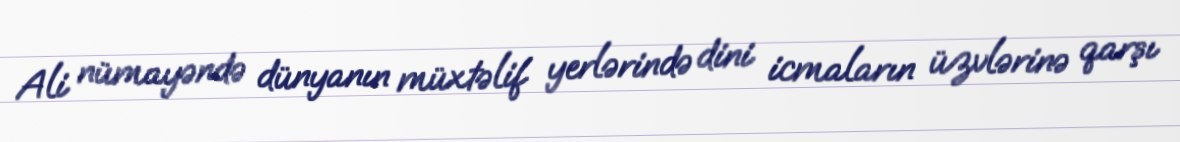
Ali nümayəndə dünyanın müxtəlif yerlərində dini icmaların üzvlərinə qarşı